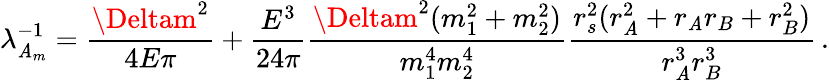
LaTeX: \lambda_{{\cal\mathit{A}}_{m}}^{-1}=\frac{{\Deltam^{2}}}{{4E\pi}}+\frac{{E^{3}}}{{24\pi}}\frac{{\Deltam^{2}(m_{1}^{2}+m_{2}^{2})}}{{m_{1}^{4}m_{2}^{4}}}\frac{{r_{s}^{2}(r_{\mathit{A}}^{2}+r_{\mathit{A}}r_{B}+r_{B}^{2})}}{{r_{\mathit{A}}^{3}r_{B}^{3}}}\, .